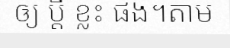
ឲ្យ ប្តី ខ្លះ ផង។តាម